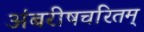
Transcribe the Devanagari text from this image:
अंबरीषचरितम्